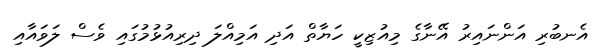
އެނބުރި އަންނައިރު އޭނާގެ މިއުޒިކީ ހަޔާތް އަދި އަމިއްލަ ދިރިއުޅުމުގައި ވެސް ލަވައާއި